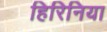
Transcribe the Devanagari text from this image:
हिरिनिया